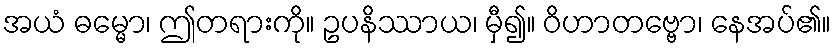
အယံ ဓမ္မော၊ ဤတရားကို။ ဥပနိဿာယ၊ မှီ၍။ ဝိဟာတဗ္ဗော၊ နေအပ်၏။